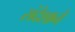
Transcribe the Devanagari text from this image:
संदेशाने